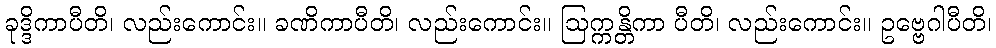
ခုဒ္ဒိကာပီတိ၊ လည်းကောင်း။ ခဏိကာပီတိ၊ လည်းကောင်း။ ဩက္ကန္တိကာ ပီတိ၊ လည်းကောင်း။ ဥဗ္ဗေဂါပီတိ၊